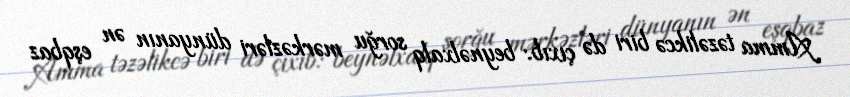
Amma təzəlikcə biri də çıxıb: beynəlxalq sorğu mərkəzləri dünyanın ən eşqbaz